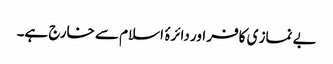
بے نماز ی کافر اور دائرۂ اسلام سے خارج ہے۔